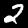
Digit: 2